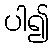
ပါ၍